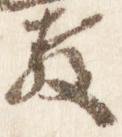
教